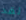
لقد